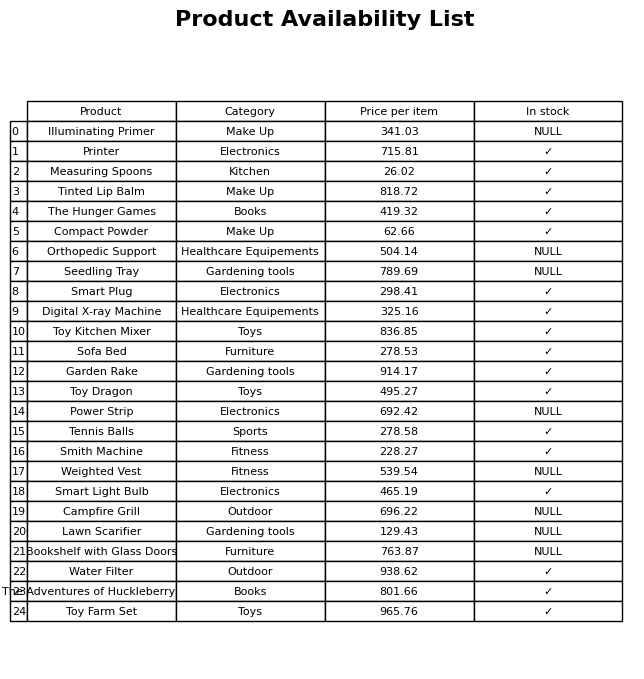
question: Is the Digital X-ray Machine in stock?
answer: ✓